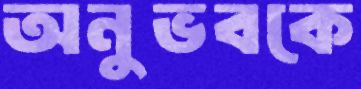
অনুভবকে